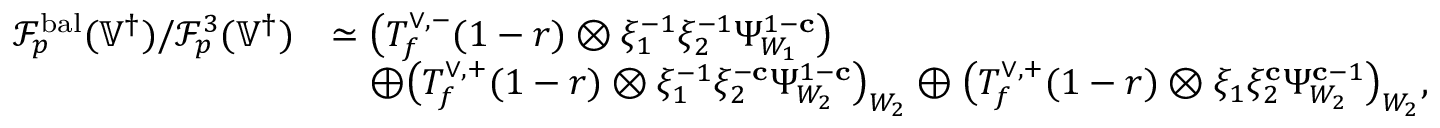
\begin{array} { r l } { \mathscr { F } _ { p } ^ { \mathrm { b a l } } ( { \mathbb { V } ^ { \dagger } } ) / \mathscr { F } _ { p } ^ { 3 } ( { \mathbb { V } ^ { \dagger } } ) } & { \simeq \bigl ( T _ { f } ^ { \vee , - } ( 1 - r ) \otimes \xi _ { 1 } ^ { - 1 } \xi _ { 2 } ^ { - 1 } \Psi _ { W _ { 1 } } ^ { 1 - \mathbf { c } } \bigr ) } \\ & { \quad \oplus \bigl ( T _ { f } ^ { \vee , + } ( 1 - r ) \otimes \xi _ { 1 } ^ { - 1 } \xi _ { 2 } ^ { - \mathbf { c } } \Psi _ { W _ { 2 } } ^ { 1 - \mathbf { c } } \bigr ) _ { W _ { 2 } } \oplus \bigl ( T _ { f } ^ { \vee , + } ( 1 - r ) \otimes \xi _ { 1 } \xi _ { 2 } ^ { \mathbf { c } } \Psi _ { W _ { 2 } } ^ { \mathbf { c } - 1 } \bigr ) _ { W _ { 2 } } , } \end{array}